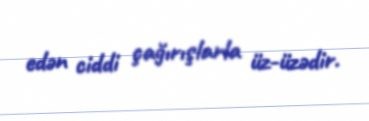
edən ciddi çağırışlarla üz-üzədir.